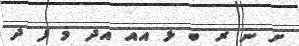
ށ ނ ރ ބ ޅ އއ އދ މ ފ ދ